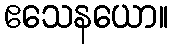
ဧသေနယော။